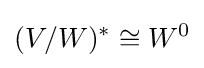
(V/W)^{*}\cong W^{0}